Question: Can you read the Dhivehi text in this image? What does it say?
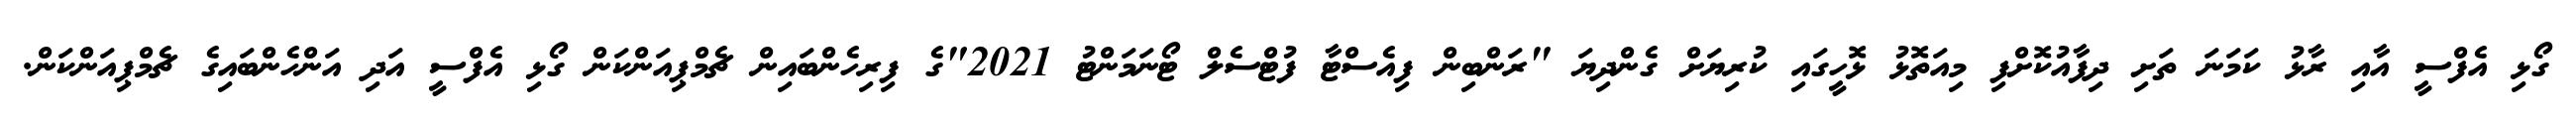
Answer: ގޯޅި އެފްސީ އާއި ރާޅު ކަމަނަ ތަށި ދިފާއުކޮށްފި މިއަތޮޅު ޅޮހީގައި ކުރިޔަށް ގެންދިޔަ "ރަންބިން ފިއެސްޓާ ފުޓްސެލް ޓޯނަމަންޓު 2021"ގެ ފިރިހެންބައިން ޗެމްޕިއަންކަން ގޯޅި އެފްސީ އަދި އަންހެންބައިގެ ޗެމްޕިއަންކަން.